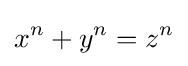
x^{n}+y^{n}=z^{n}